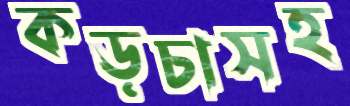
কড়চাসহ